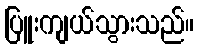
ပြူးကျယ်သွားသည်။